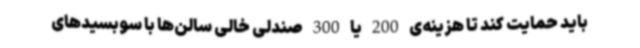
باید حمایت کند تا هزینه‌ی 200 یا 300 صندلی خالی سالن‌ها با سوبسیدهای